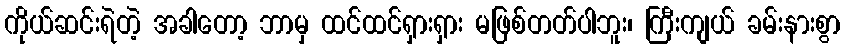
ကိုယ်ဆင်းရဲတဲ့ အခါတော့ ဘာမှ ထင်ထင်ရှားရှား မဖြစ်တတ်ပါဘူး၊ ကြီးကျယ် ခမ်းနားစွာ